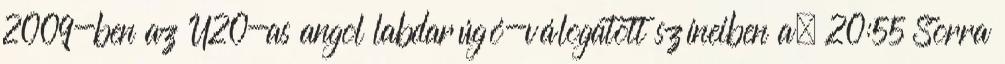
2009-ben az U20-as angol labdarúgó-válogatott színeiben a. 20:55 Sorra